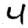
Digit: 4